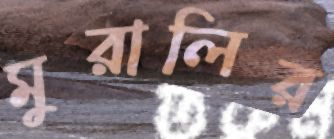
মুরালির